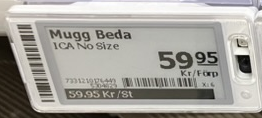
Vara: Mugg Beda
Genomsnittspris: 59.95 per st